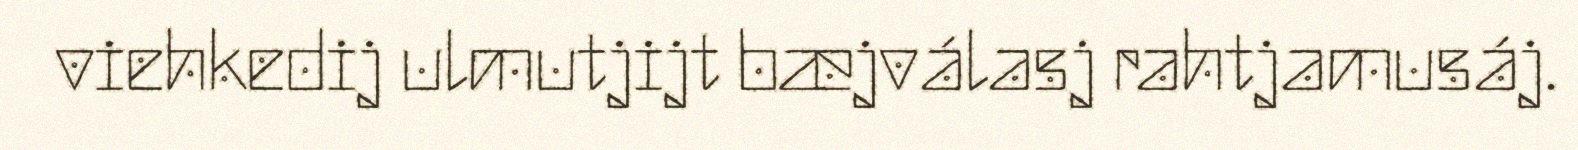
viehkedij ulmutjijt bæjválasj rahtjamusáj.